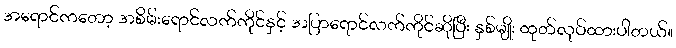
အရောင်ကတော့ အစိမ်းရောင်လက်ကိုင်နှင့် အပြာရောင်လက်ကိုင်ဆိုပြီး နှစ်မျိုး ထုတ်လုပ်ထားပါတယ်။